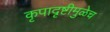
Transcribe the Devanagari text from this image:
कृपादृष्टीमुळेच